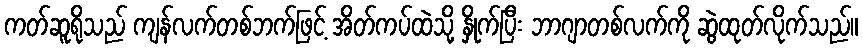
ကတ်ဆူရိုသည် ကျန်လက်တစ်ဘက်ဖြင့် အိတ်ကပ်ထဲသို့ နှိုက်ပြီး ဘာဂျာတစ်လက်ကို ဆွဲထုတ်လိုက်သည်။